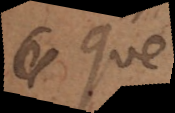
que